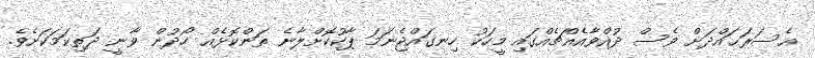
އެސަރަޙައްދަށް ވެސް ދުއްވާއެއްޗެއްގައި މީހަކު ހިނގައްޖެނަމަ ޕާކުކޮށްލާނެ ތަންކޮޅެއް ހޯދުން ވާނީ ދަތިކަމަކަށެވެ.